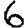
Digit: 6